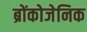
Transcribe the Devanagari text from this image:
ब्रोंकोजेनिक